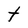
Character: t